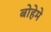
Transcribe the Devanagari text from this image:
बोहेमे